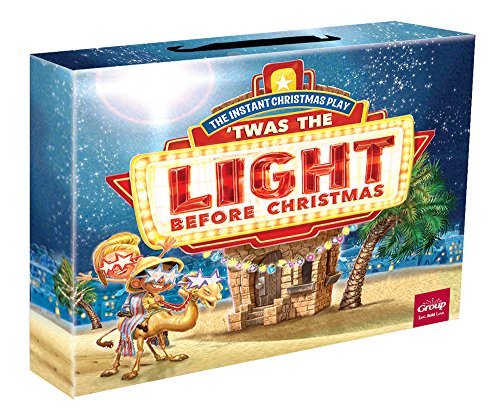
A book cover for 'Twas the Light Before Christmas: The fun, instant Christmas play!; Group Publishing; Christian Books & Bibles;